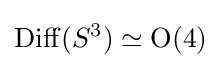
\mathrm {Diff} (S^{3})\simeq {\mathrm {O} }(4)